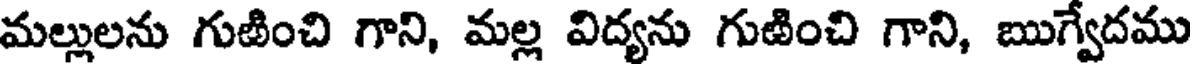
మల్లులను గుఱించి గాని, మల్ల విద్యను గుఱించి గాని, ఋగ్వేదము